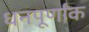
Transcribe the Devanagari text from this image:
धनपूर्णांक